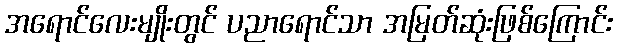
အရောင်လေးမျိုးတွင် ပညာရောင်သာ အမြတ်ဆုံးဖြစ်ကြောင်း